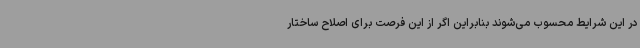
در این شرایط محسوب می‌شوند بنابراین اگر از این فرصت برای اصلاح ساختار